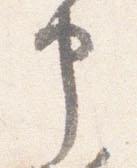
申